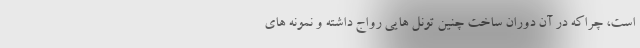
است، چراکه در آن دوران ساخت چنین تونل هایی رواج داشته و نمونه های